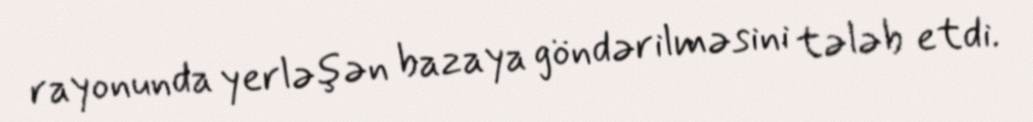
rayonunda yerləşən bazaya göndərilməsini tələb etdi.